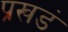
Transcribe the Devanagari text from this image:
प्रखडं